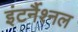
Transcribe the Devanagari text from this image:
इंटर्नैश्नल